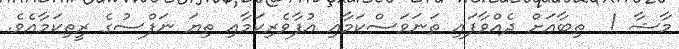
މާޝާ !  ތިބާއަށް ދެއްވާފައި ތަނަވަސްކަމާއި އުފާވެރިކަމާއި ތިޔަ ނަފްސުގެ ރީތިކަމާއެވެ.